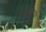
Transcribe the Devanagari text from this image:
फुरसुइट्स